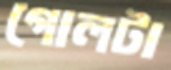
গোলটা